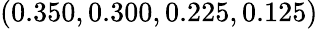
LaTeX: (0.350,0.300,0.225,0.125)